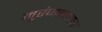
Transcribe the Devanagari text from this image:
मुरंजनावर